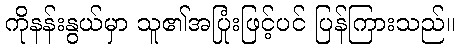
ကိုနန်းနွယ်မှာ သူ၏အပြုံးဖြင့်ပင် ပြန်ကြားသည်။